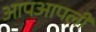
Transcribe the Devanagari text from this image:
आपआपली